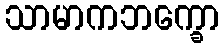
သာမာကဘက္ခော